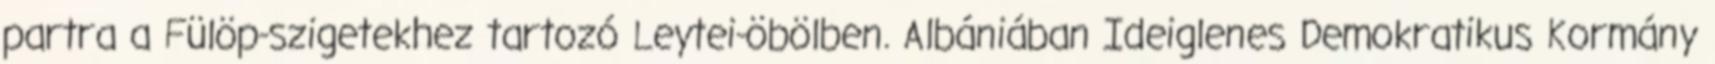
partra a Fülöp-szigetekhez tartozó Leytei-öbölben. Albániában Ideiglenes Demokratikus Kormány